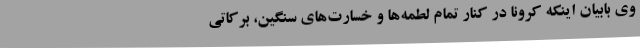
وی بابیان اینکه کرونا در کنار تمام لطمه‌ها و خسارت‌های سنگین، برکاتی